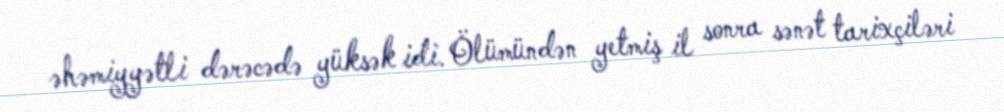
əhəmiyyətli dərəcədə yüksək idi. Ölümündən yetmiş il sonra sənət tarixçiləri